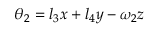
\theta _ { 2 } = l _ { 3 } x + l _ { 4 } y - \omega _ { 2 } z